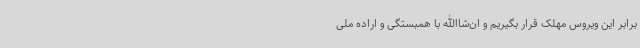
برابر این ویروس مهلک قرار بگیریم و ان‌شا‌الله با همبستگی و اراده ملی